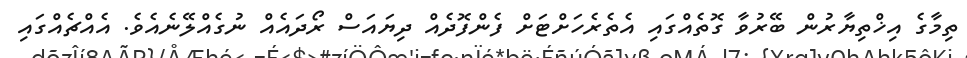
ތިމާގެ އިޚްތިޔާރުން ބޭރުވާ ގޮތެއްގައި އެތެރެހަށްޓަށް ފެންފޮދެއް ދިޔައަސް ރޯދައެއް ނުގެއްލޭނެއެވެ. އެއްޗެއްގައި